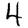
Digit: 4